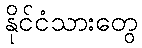
နိုင်ငံသားတွေ